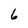
Character: 6